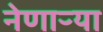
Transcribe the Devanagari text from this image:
नेणाऱ्या